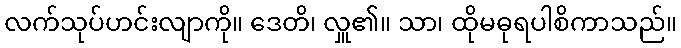
လက်သုပ်ဟင်းလျာကို။ ဒေတိ၊ လှူ၏။ သာ၊ ထိုမဓုရပါစိကာသည်။